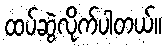
ထပ်ဆွဲလိုက်ပါတယ်။